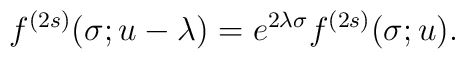
f^{(2s)}(\sigma;u-\lambda) = e^{2 \lambda\sigma} f^{(2s)}(\sigma;u).